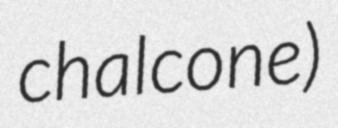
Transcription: chalcone)